Annual administration and progress report of the Indian Medical Department, Bombay
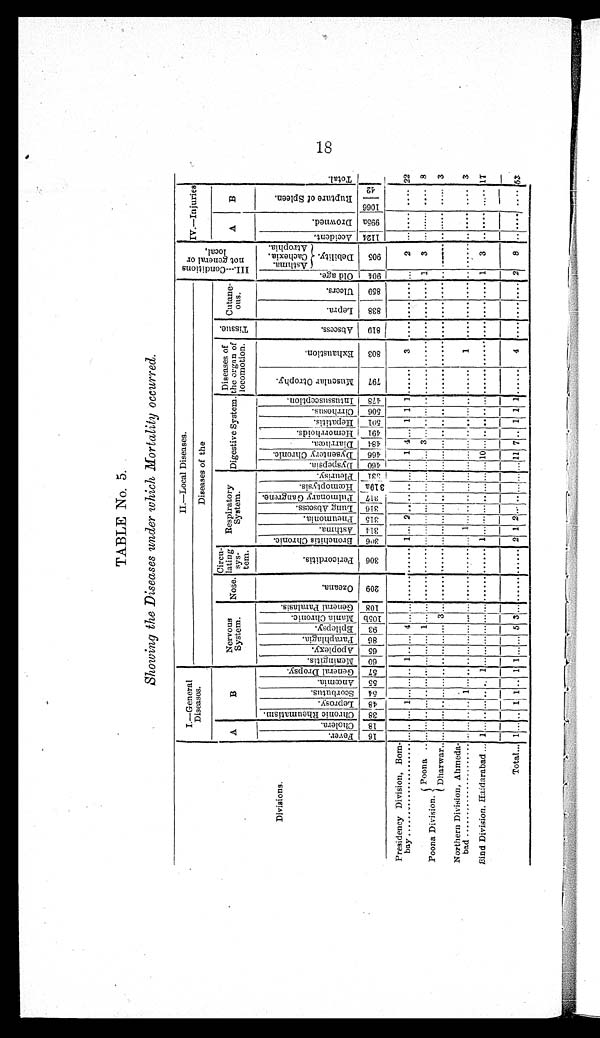
TABLE No. 5.
Showing the Diseases under which Mortality occurred.
Divisions.
I.—General
Diseases.
II.—Local Diseases.
I I I . — C o n d i t i o n s
n o t g e n e r a l o r
l ocal . IV.—Injuries
T o t a l .
Diseases of the
A
B
Nervous
System. Nose.
Circu-
lating
sys-
tem.
Respiratory
System.
D i g e s t i v e S y s t e m .
Diseases of
the organ of
locomotion. Ti s s ue.
Cutane-
ous.
A B
Fever .
C h o l e r a .
C h r o n i c R h e u m a t i s m .
L e p r o s y . S c o r b u t u s . A n œ m i a .
G e n e r a l D r o p s y .
M e n i n g i t i s .
A p o p l e x y .
P a r a p h l a g i a .
E p i l e p s y . M a n i a C h r o n i c .
G e n e r a l P a r a l a s i s .
O z e a n a .
P e r i c o r d i t i s .
B r o n c h i t i s C h r o n i c .
A s t h m a .
P n e u m o n i a .
L u n g A b s c e s s .
P u l m o n a r y G a n g r e n e .
H œ m o p t y s i s .
P l e u r i s y .
D y s p e p s i a .
D y s e n t e r y C h r o n i c .
D i a r r h o œ a .
H e m o r r h o i d s .
H e p a t i t i s .
C i r r h o s u s .
I n t u s s u s c e p t i o n .
M u s c u l a r O t r o p h y .
E x h a u s t i o n .
Abscess.
L e p r a .
U l c e r s .
O l d a g e .
A s t h m a .
C a c h e x i a .
A t r o p h i a .
A c c i d e n t . Dr o wn e d .
R u p t u r e o f S p l e e n .
D e b i l i t y .
16 1 8 3 8 4 8 5 4 5 5 5 7 6 0 6 5 86 9 3 1 0 5 b 108 209 3 0 6 306 3 1 4 315 3 1 6 3 1 7 3 1 9 a 331 4 6 0 4 6 6 4 8 4 4 9 1 5 0 1 506 478 7 9 7
8 0 3 819 838 8 5 9
9 0 4 9 0 5
1 1 2 4 995a
1 0 6 6
4 2
Presidency Division, Bom-
bay..........................
... . . . . . 1
. . .
...
. . 1
. .
... 4
. . .
... ...... ...... 1 . . . 2 . . .. .. ... . . . 1 4 ... 1 1 1 ...... 3 .... ....
. . . . . . . 2 . . . .... .... 22
Poona Division.
Poona .. ... . . . . . . . . . . . . . . . . . . . . . .
... 1 . . . ... ...... ...... ... . . .
... . . .
.. . . .
... . . . . . . 3 . . . . .
.....
. . . . . .
. . . . . . .... ....
. . . .
1
3 . . ....... .... 8
Dharwar .. ... . . . . . . . . . . . . . . . . . . . . .
... . . . 3......... ...... ... . . .
... . . . .. . .
... . . . . . . . . . . . . . .
.. ... . . . . . .
. . . . . . .... ....
. . . .
..
. . . . . . . .
..........
3
Northern Division, Ahmeda-
bad ......................
... . . . . . . . 1 . . . .. ..
. . . ... . . . . . .
... ...... ...... ... 1 ... . . .. . . . ... . . . . . . . . . . . . . ... ..
. . . . . .
1 .... ....
. . . .
..
. . . . . . . .
....
.... 3
Sind Di vi si on, Haidarahad ... 1 . . . . . . . . . . . . 1 . . . . . .
... . . . . . .
......... ...... 1 . . .
... . . . .. . . .
... . . . 1 0 . . . . . . .
.. ... . . . . . .
. . . . . . .... ....
. . . .
1
3 . .
.... ....
1 7
Total... 1 . . . .. 1 1 .. 1 1 . . .
... 5 3... ...... ...... 2 1 2 ... .. . . .
... . . . 11 7 .. 1 1 1 ...... 4 .... ....
. . . .
2
8
. . ....
. . . . 53
18